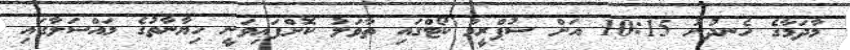
މާދަމާގެ ހެނދުނު 10:15 އަށް ސުޕްރީމް ކޯޓްގައި ތާވަލު ކޮށްފައިވަނީ ހިޔާނާތުގެ މައްސަލާގައި